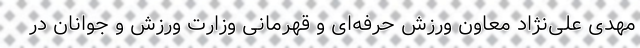
مهدی علی‌نژاد معاون ورزش حرفه‌ای و قهرمانی وزارت ورزش و جوانان در